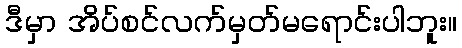
ဒီမှာ အိပ်စင်လက်မှတ်မရောင်းပါဘူး။